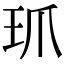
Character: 𤣺